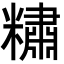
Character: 䊥